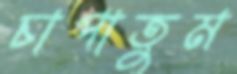
চাপাতুম